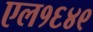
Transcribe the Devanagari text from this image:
एल१६४९